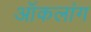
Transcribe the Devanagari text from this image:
ऑकलांग